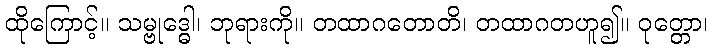
ထိုကြောင့်။ သမ္ဗုဒ္ဓေါ၊ ဘုရားကို။ တထာဂတောတိ၊ တထာဂတဟူ၍။ ဝုတ္တော၊